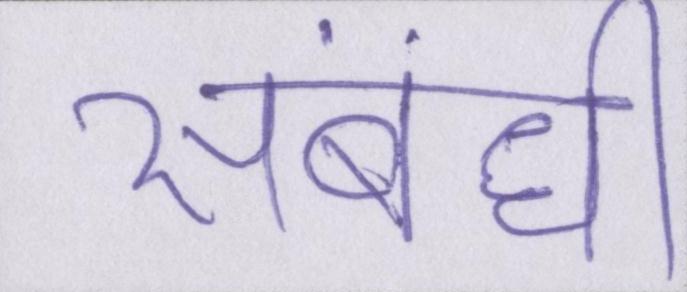
संबंधी